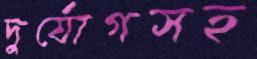
দুর্যোগসহ